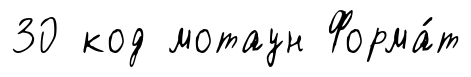
30 код мотаун Форма́т